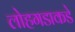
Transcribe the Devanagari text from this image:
लोहगडाकडे